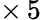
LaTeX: \times\, 5